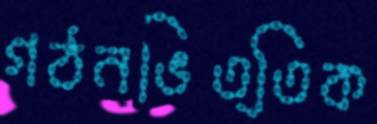
গঠনভিত্তিক